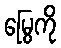
မြွေကို